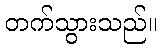
တက်သွားသည်။